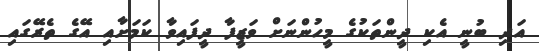
އަދި ބުނީ އެކި ދީންތަކުގެ މީހުންނަށް ވަޒީފާ ދީފައިވާ ކަމަށާއި އޭގެ ތެރޭގައި